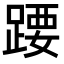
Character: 𬦽